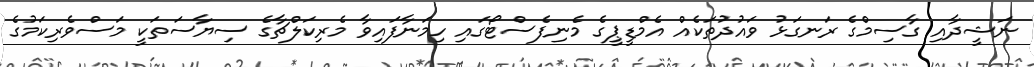
ނަޝީދާއި ގާސިމްގެ ރަނގަޅު ވައުދުތަކެއް އެމްޑީޕީގެ މެނިފެސްޓޯގައި ހިމަނާފައިވާ މެރިކަލްޗާގެ ސިޔާސަތަކީ މަސްވެރިކަމުގެ